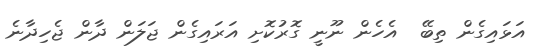
އަޅައިގެން ތިބޭ  އެހެން ނޫނީ ގޮރުކޮށި އަރައިގެން ޖަލަން ދާން ޖެހިދާނެ